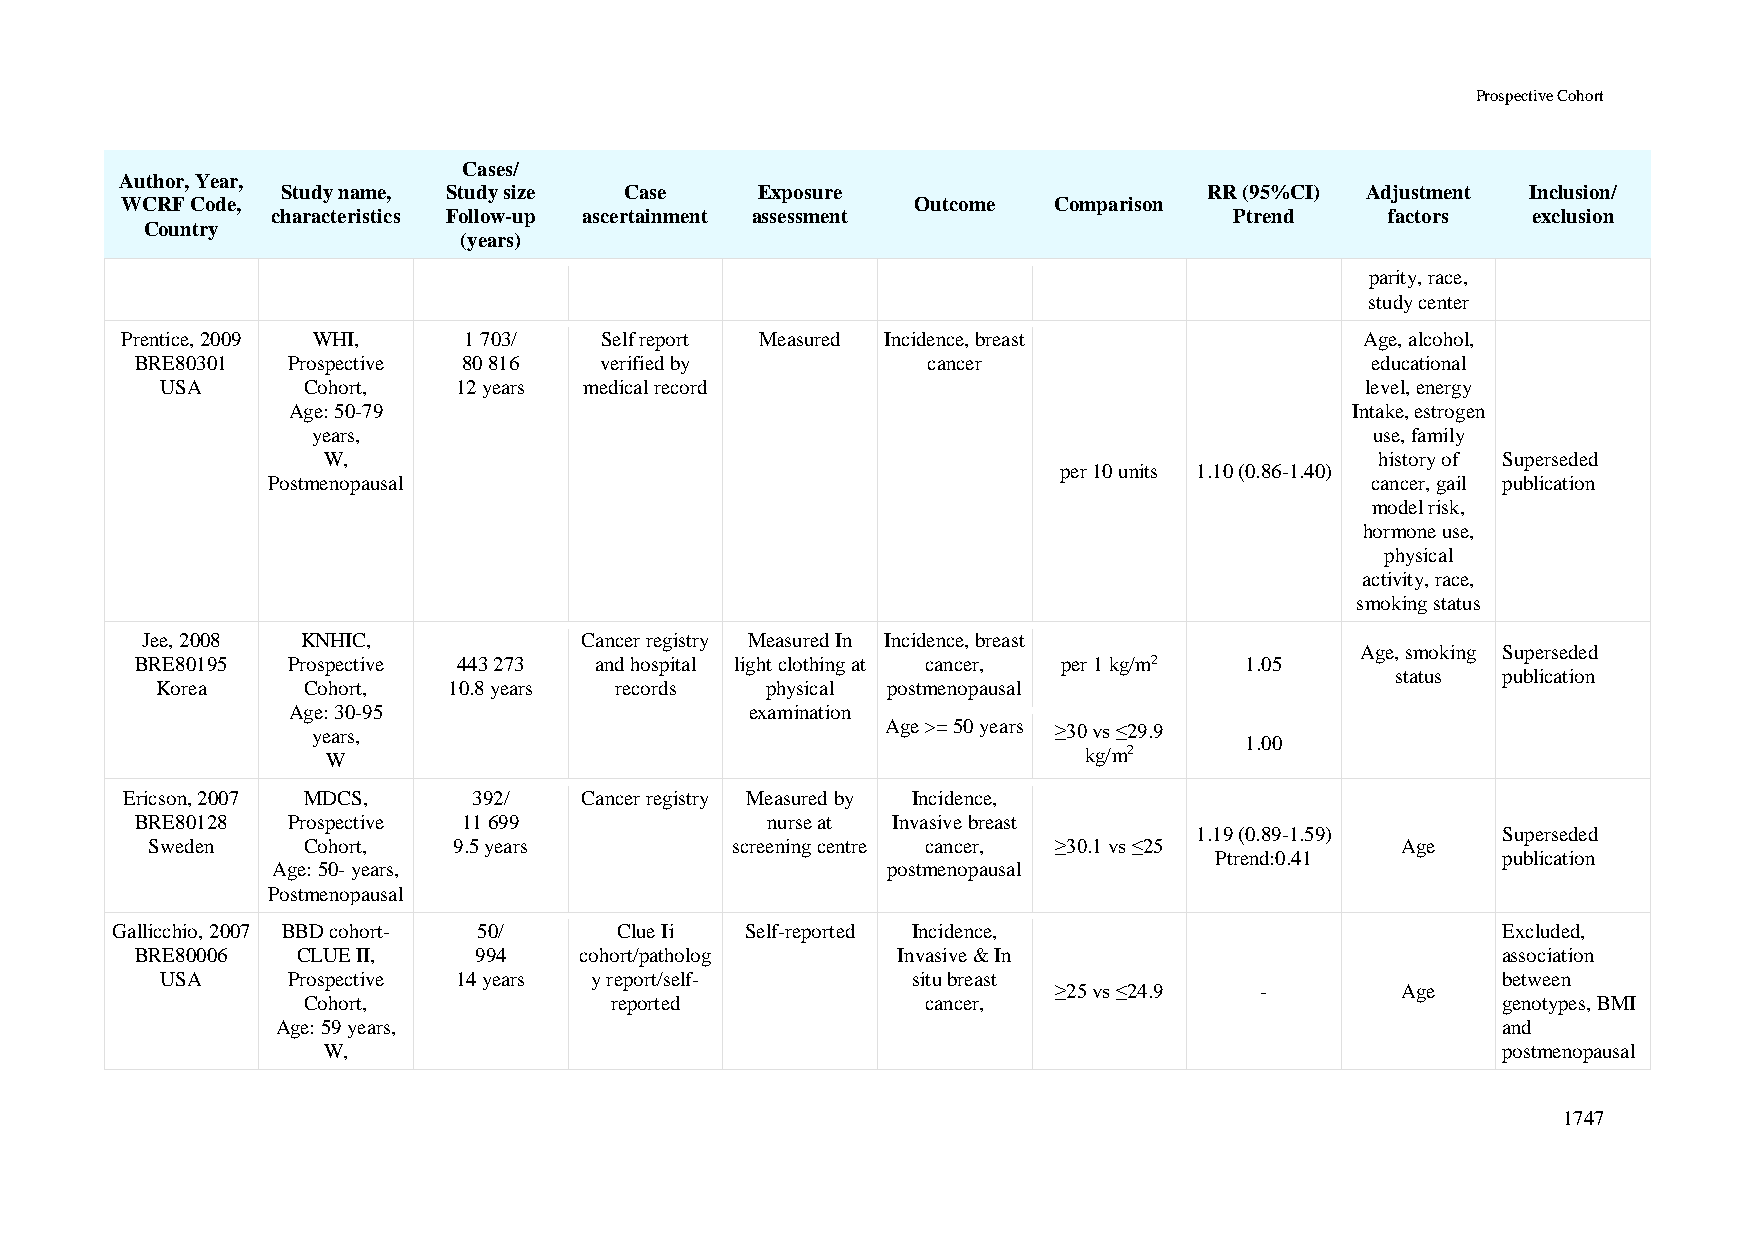
Prospective Cohort
 Cases/
 Author, Year,
 Study name, Study size Case    Exposure                      RR (95%CI) Adjustment Inclusion/
 WCRF Code,                                           Outcome  Comparison
 characteristics Follow-up ascertainment assessment              Ptrend    factors  exclusion
 Country
 (years)
 parity, race,
 study center
 Prentice, 2009 WHI,    1 703/   Self report Measured Incidence, breast            Age, alcohol,
 BRE80301  Prospective 80 816   verified by          cancer                        educational
 USA      Cohort,   12 years medical record                                     level, energy
 Age: 50-79                                                             Intake, estrogen
 years,                                                                use, family
 W,                                                                    history of Superseded
 per 10 units 1.10 (0.86-1.40)
 Postmenopausal                                                           cancer, gail publication
 model risk,
 hormone use,
 physical
 activity, race,
 smoking status
 Jee, 2008  KNHIC,            Cancer registry Measured In Incidence, breast
 Age, smoking Superseded
 BRE80195  Prospective 443 273 and hospital light clothing at cancer, per 1 kg/m2 1.05
 status publication
 Korea     Cohort,   10.8 years records   physical postmenopausal
 Age: 30-95                     examination
 years,                                Age >= 50 years ≥30 vs ≤29.9
 1.00
 W
 kg/m2
 Ericson, 2007 MDCS,    392/   Cancer registry Measured by Incidence,
 BRE80128  Prospective 11 699              nurse at Invasive breast
 1.19 (0.89-1.59)    Superseded
 Sweden    Cohort,   9.5 years         screening centre cancer, ≥30.1 vs ≤25        Age
 Ptrend:0.41        publication
 Age: 50- years,                          postmenopausal
 Postmenopausal
 Gallicchio, 2007 BBD cohort- 50/  Clue Ii Self-reported Incidence,                          Excluded,
 BRE80006   CLUE II,   994    cohort/patholog      Invasive & In                           association
 USA     Prospective 14 years y report/self-      situ breast                            between
 ≥25 vs ≤24.9 -         Age
 Cohort,             reported             cancer,                               genotypes, BMI
 Age: 59 years,                                                                   and
 W,                                                                            postmenopausal
 1747